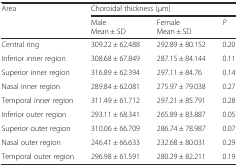
<table><thead><tr><td rowspan="2"><b>Area</b></td><td colspan="3"><b>Choroidal thickness (μm)</b></td></tr><tr><td><b>Male Mean ± SD</b></td><td><b>Female Mean ± SD</b></td><td><b><i>P</i></b></td></tr></thead><tbody><tr><td>Central ring</td><td>309.22 ± 62.488</td><td>292.89 ± 80.152</td><td>0.20</td></tr><tr><td>Inferior inner region</td><td>308.68 ± 67.849</td><td>287.15 ± 84.144</td><td>0.11</td></tr><tr><td>Superior inner region</td><td>316.89 ± 62.394</td><td>297.11 ± 84.76</td><td>0.14</td></tr><tr><td>Nasal inner region</td><td>289.84 ± 62.081</td><td>275.97 ± 79.038</td><td>0.27</td></tr><tr><td>Temporal inner region</td><td>311.49 ± 61.712</td><td>297.21 ± 85.791</td><td>0.28</td></tr><tr><td>Inferior outer region</td><td>293.11 ± 68.341</td><td>265.89 ± 83.887</td><td>0.05</td></tr><tr><td>Superior outer region</td><td>310.06 ± 66.709</td><td>286.74 ± 78.987</td><td>0.07</td></tr><tr><td>Nasal outer region</td><td>246.41 ± 66.633</td><td>232.68 ± 80.031</td><td>0.29</td></tr><tr><td>Temporal outer region</td><td>296.98 ± 61.591</td><td>280.29 ± 82.211</td><td>0.19</td></tr></tbody></table>